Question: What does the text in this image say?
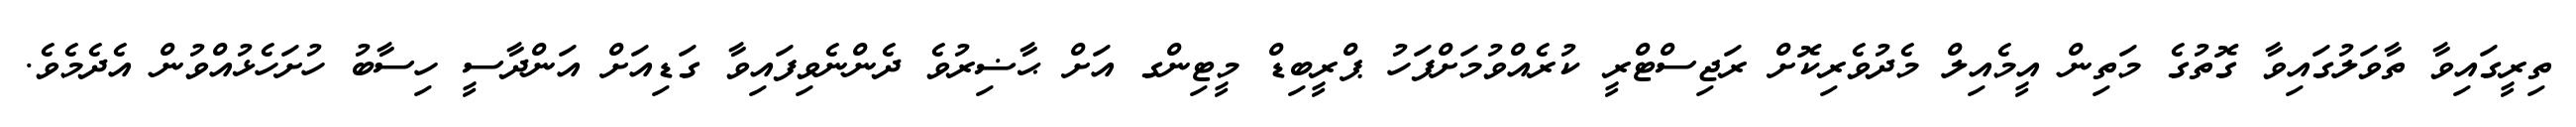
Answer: ތިރީގައިވާ ތާވަލުގައިވާ ގޮތުގެ މަތިން އީމެއިލް މެދުވެރިކޮށް ރަޖިސްޓްރީ ކުރެއްވުމަށްފަހު ޕްރީބިޑް މީޓިންގ އަށް ޙާޟިރުވެ ދެންނެވިފައިވާ ގަޑިއަށް އަންދާސީ ހިސާބު ހުށަހެޅުއްވުން އެދެމެވެ.